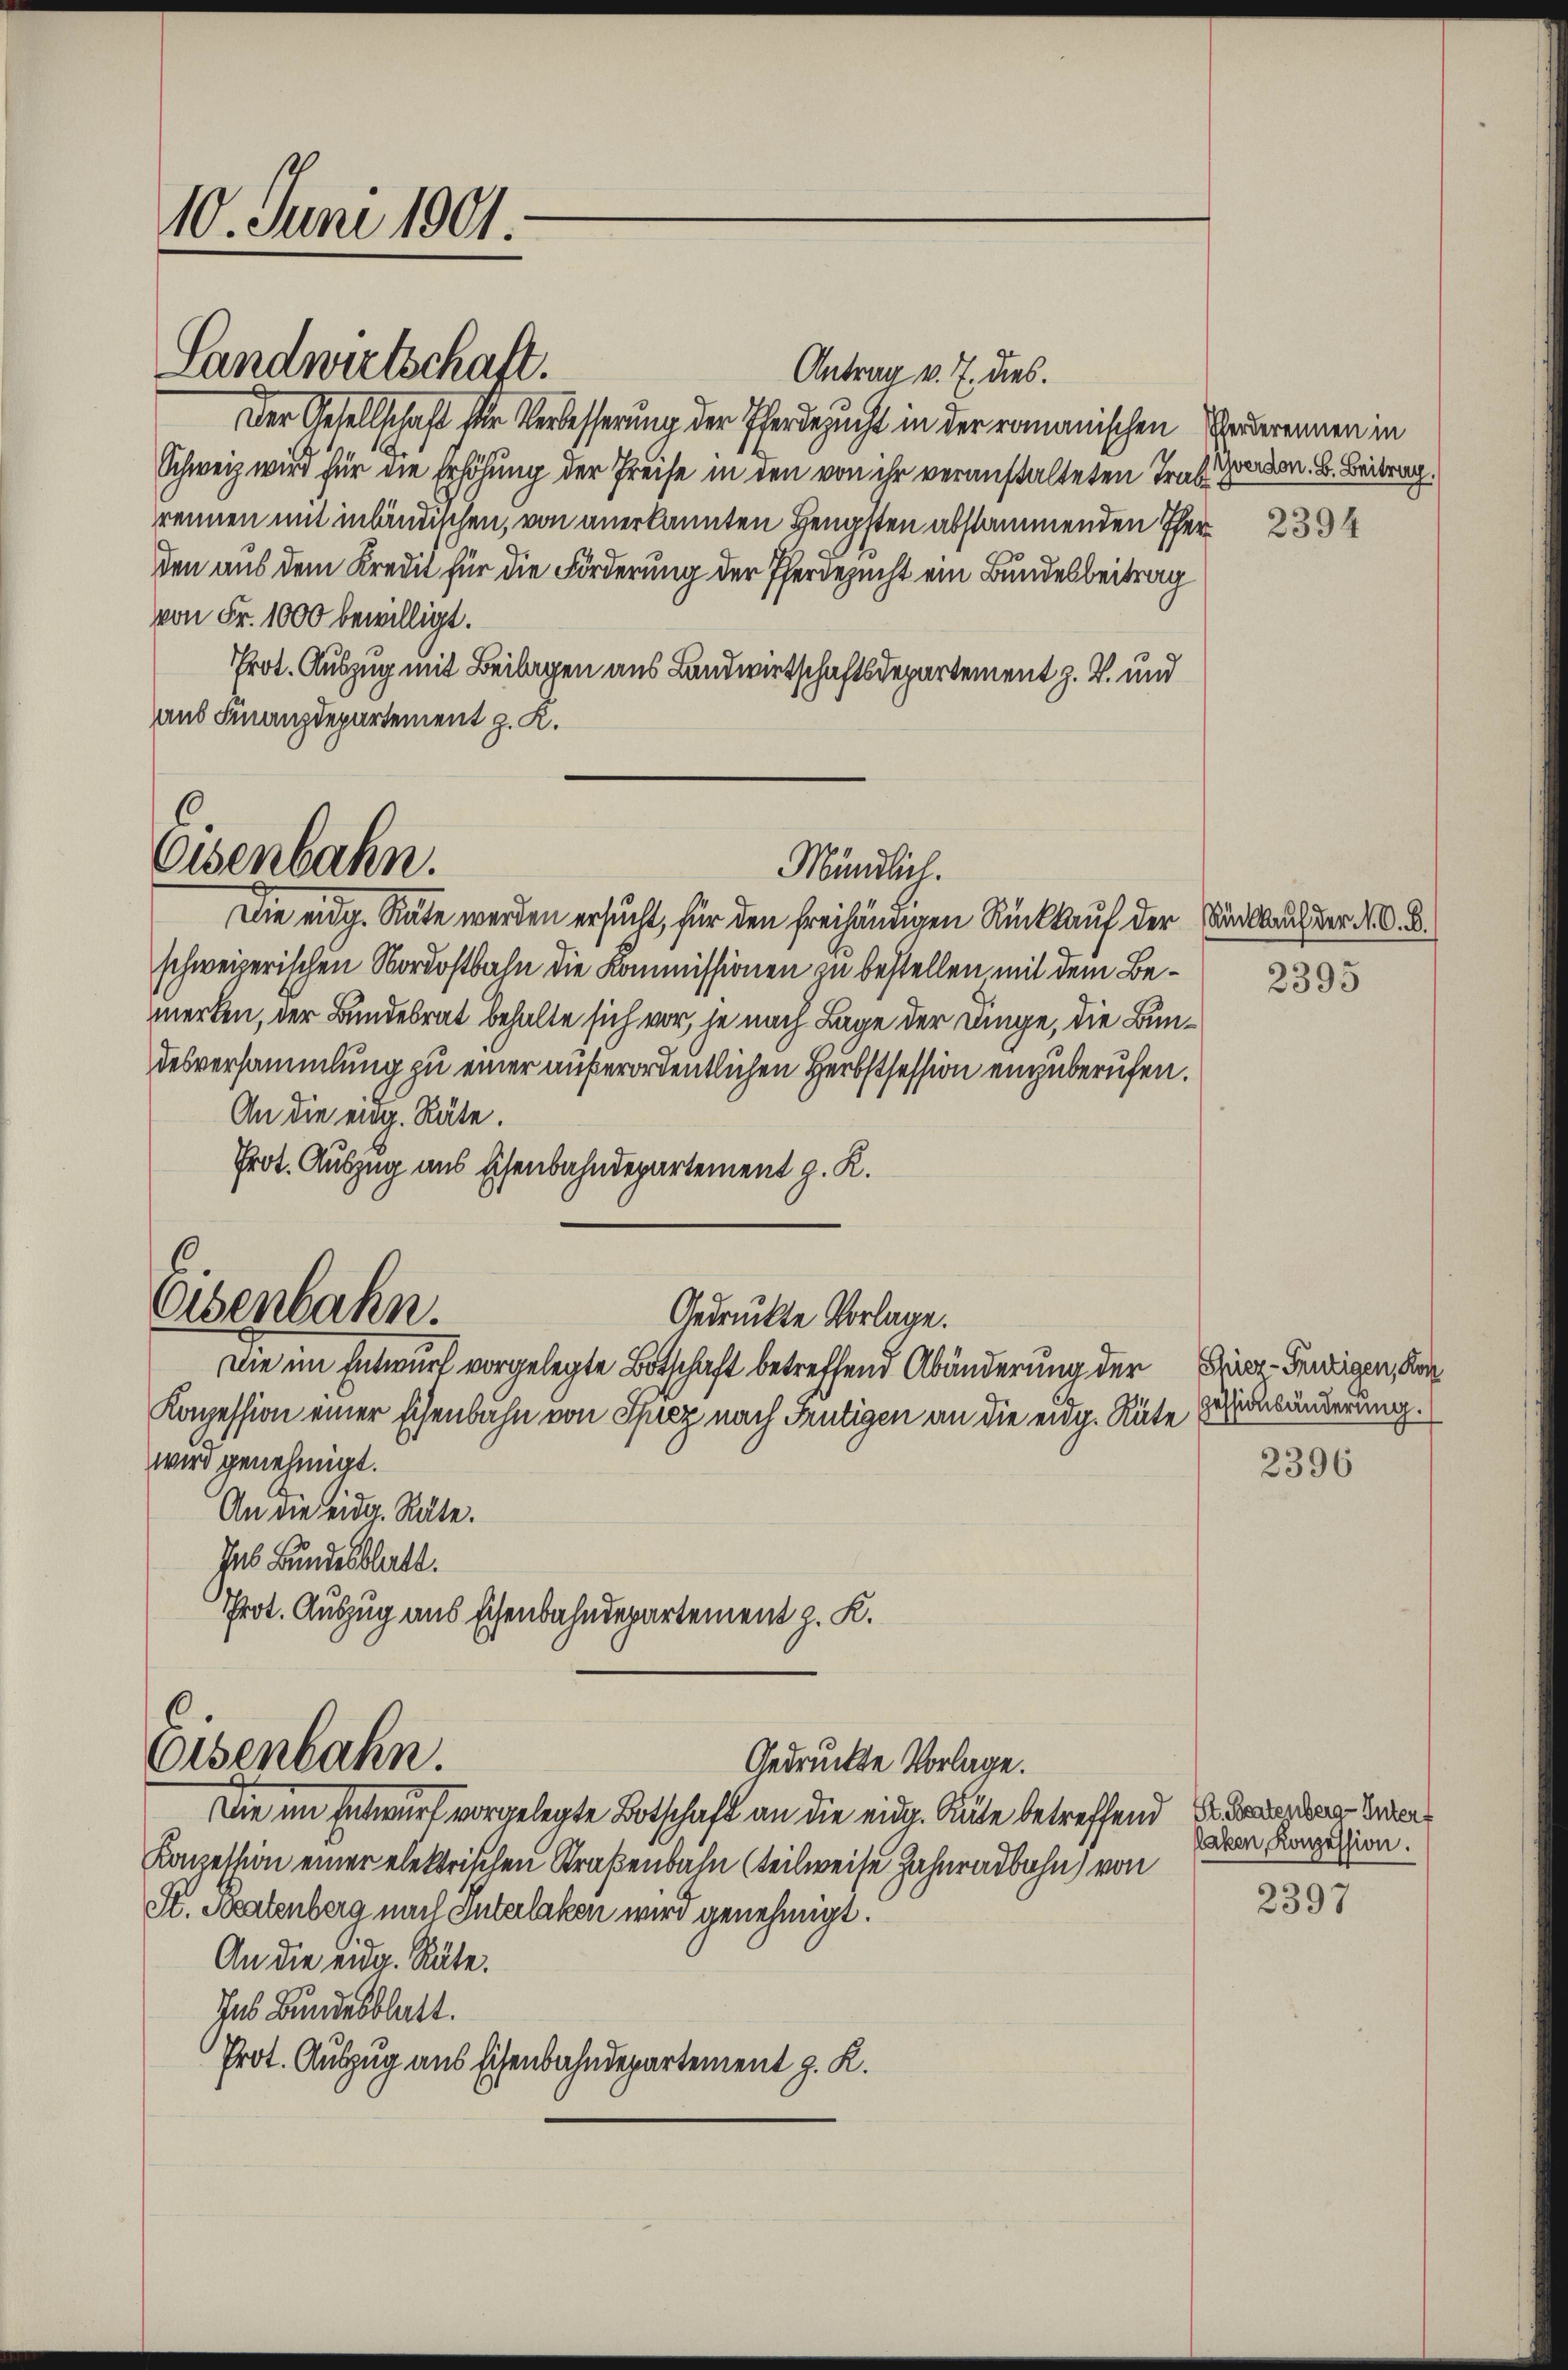
10. Juni 1901.

Antrag v. J. dies.
Der Gesellschaft für Verbesserung der Pferdezucht in der romanischen Vertrennen in
Schweiz wird für die Erhöhung der Preise in den von ihr veranstalteten Traf Zierden. B. Beitrag.
rennen mit inländischen, von anerkannten Hengsten abstammenden Ther
den aus dem Kredit für die Förderung der Pferdezucht ein Bundesbeitrag
von Fr. 1000 bewilligt.
Prot. Auszug mit Beilagen aus Landwirtschaftsdepartement z. Z. und
aus Finanzdepartement z. K.

Landwirtschaft.

Osenbahn.

Die eidg. Räte werden ersucht, für den freihändigen Rückkauf der Sandslauf der M. D.
schweizerischen Nordostbahn die Kommissionen zu bestellen mit dem Bemerken, der Bundesrat behalte sich vor, je nach Lage der Dinge, die Bundesversammlung zu einer außerordentlichen Herbstsession einzuberufen.
An die eidg. Räte.
Prot. Auszug aus Eisenbahndepartement z. R.
Konzession einer Eisenbahn von Spiez nach Feutigen an die eidg. Räte zu änderung.
wird genehmigt.
An die eidg. Räte.
Ins Bundesblatt.
Throt. Auszug aus schenbahndepartement z. K.
e
Eisenbahn.
Gedruckte Vorlage.
Die im Entwurf vorgelegte Botschaft an die eidg. Gute betreffend Errung de
Konzession einer elektrischen Straßenbahn (teilweise Zahnradbohn) von
St. Beatenberg nach Interlaken wird genehmigt.
An die eidg. Räte.
Ins Bundesblatt.
Prot. Auszug aus Eisenbahndepartement z. K.

Osenbahn.

Gedruckte Vorlage.
Die im Entwurf vorgelegte Botschaft betreffend Abänderung der Fries-Feigen, der

Mündlich.

2395

2396

laken, Konzession.

2397